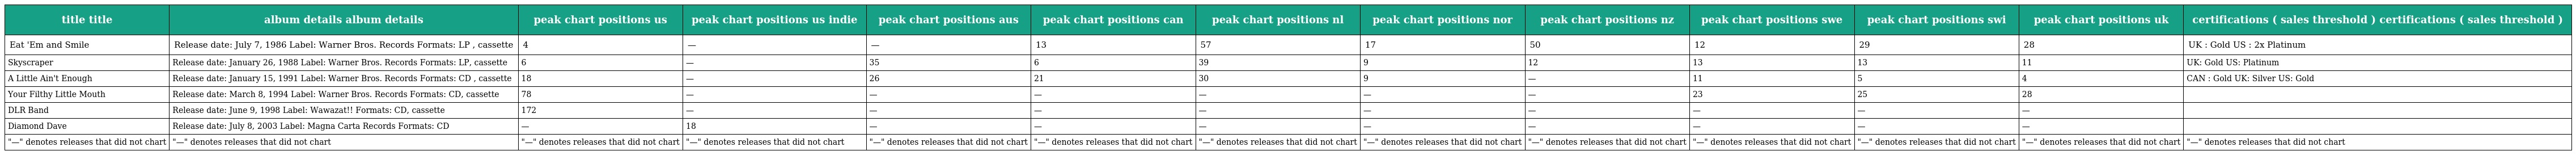
| title title | album details album details | peak chart positions us | peak chart positions us indie | peak chart positions aus | peak chart positions can | peak chart positions nl | peak chart positions nor | peak chart positions nz | peak chart positions swe | peak chart positions swi | peak chart positions uk | certifications ( sales threshold ) certifications ( sales threshold ) |
 | --- | --- | --- | --- | --- | --- | --- | --- | --- | --- | --- | --- | --- |
 | Eat 'Em and Smile | Release date: July 7, 1986 Label: Warner Bros. Records Formats: LP , cassette | 4 | — | — | 13 | 57 | 17 | 50 | 12 | 29 | 28 | UK : Gold US : 2x Platinum |
 | Skyscraper | Release date: January 26, 1988 Label: Warner Bros. Records Formats: LP, cassette | 6 | — | 35 | 6 | 39 | 9 | 12 | 13 | 13 | 11 | UK: Gold US: Platinum |
 | A Little Ain't Enough | Release date: January 15, 1991 Label: Warner Bros. Records Formats: CD , cassette | 18 | — | 26 | 21 | 30 | 9 | — | 11 | 5 | 4 | CAN : Gold UK: Silver US: Gold |
 | Your Filthy Little Mouth | Release date: March 8, 1994 Label: Warner Bros. Records Formats: CD, cassette | 78 | — | — | — | — | — | — | 23 | 25 | 28 |  |
 | DLR Band | Release date: June 9, 1998 Label: Wawazat!! Formats: CD, cassette | 172 | — | — | — | — | — | — | — | — | — |  |
 | Diamond Dave | Release date: July 8, 2003 Label: Magna Carta Records Formats: CD | — | 18 | — | — | — | — | — | — | — | — |  |
 | "—" denotes releases that did not chart | "—" denotes releases that did not chart | "—" denotes releases that did not chart | "—" denotes releases that did not chart | "—" denotes releases that did not chart | "—" denotes releases that did not chart | "—" denotes releases that did not chart | "—" denotes releases that did not chart | "—" denotes releases that did not chart | "—" denotes releases that did not chart | "—" denotes releases that did not chart | "—" denotes releases that did not chart | "—" denotes releases that did not chart |